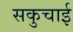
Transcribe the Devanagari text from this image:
सकुचाई